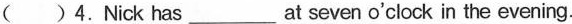
( )4. Nick has_at seven o'clock in the evening.